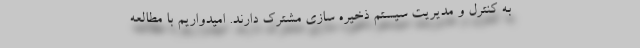
به کنترل و مدیریت سیستم ذخیره سازی مشترک دارند. امیدواریم با مطالعه